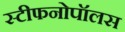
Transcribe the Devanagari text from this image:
स्टीफनोपॉलस